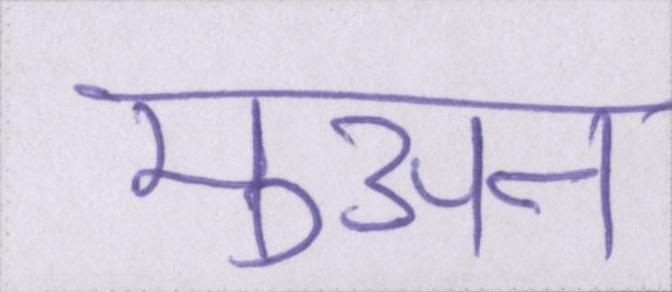
मुअन